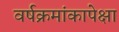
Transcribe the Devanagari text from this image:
वर्षक्रमांकापेक्षा